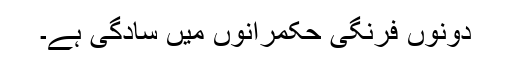
دونوں فرنگی حکمرانوں میں سادگی ہے۔